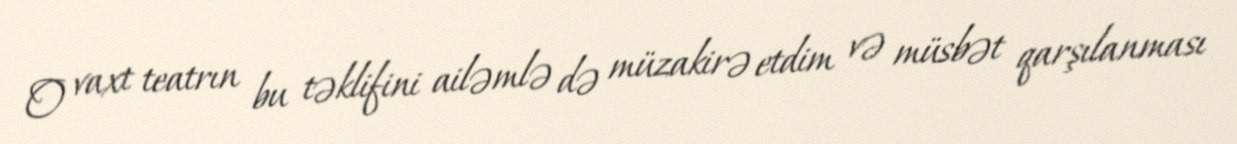
O vaxt teatrın bu təklifini ailəmlə də müzakirə etdim və müsbət qarşılanması